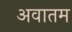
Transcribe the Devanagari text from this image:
अवातम